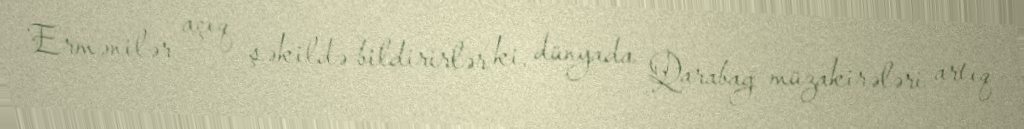
Ermənilər açıq şəkildə bildirirlər ki, dünyada Qarabağ müzakirələri artıq